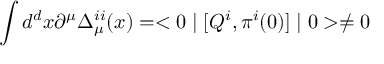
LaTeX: \int d ^ { d } x \partial ^ { \mu } \Delta _ { \mu } ^ { i i } ( x ) = < 0 \mid [ Q ^ { i } , \pi ^ { i } ( 0 ) ] \mid 0 > \not = 0